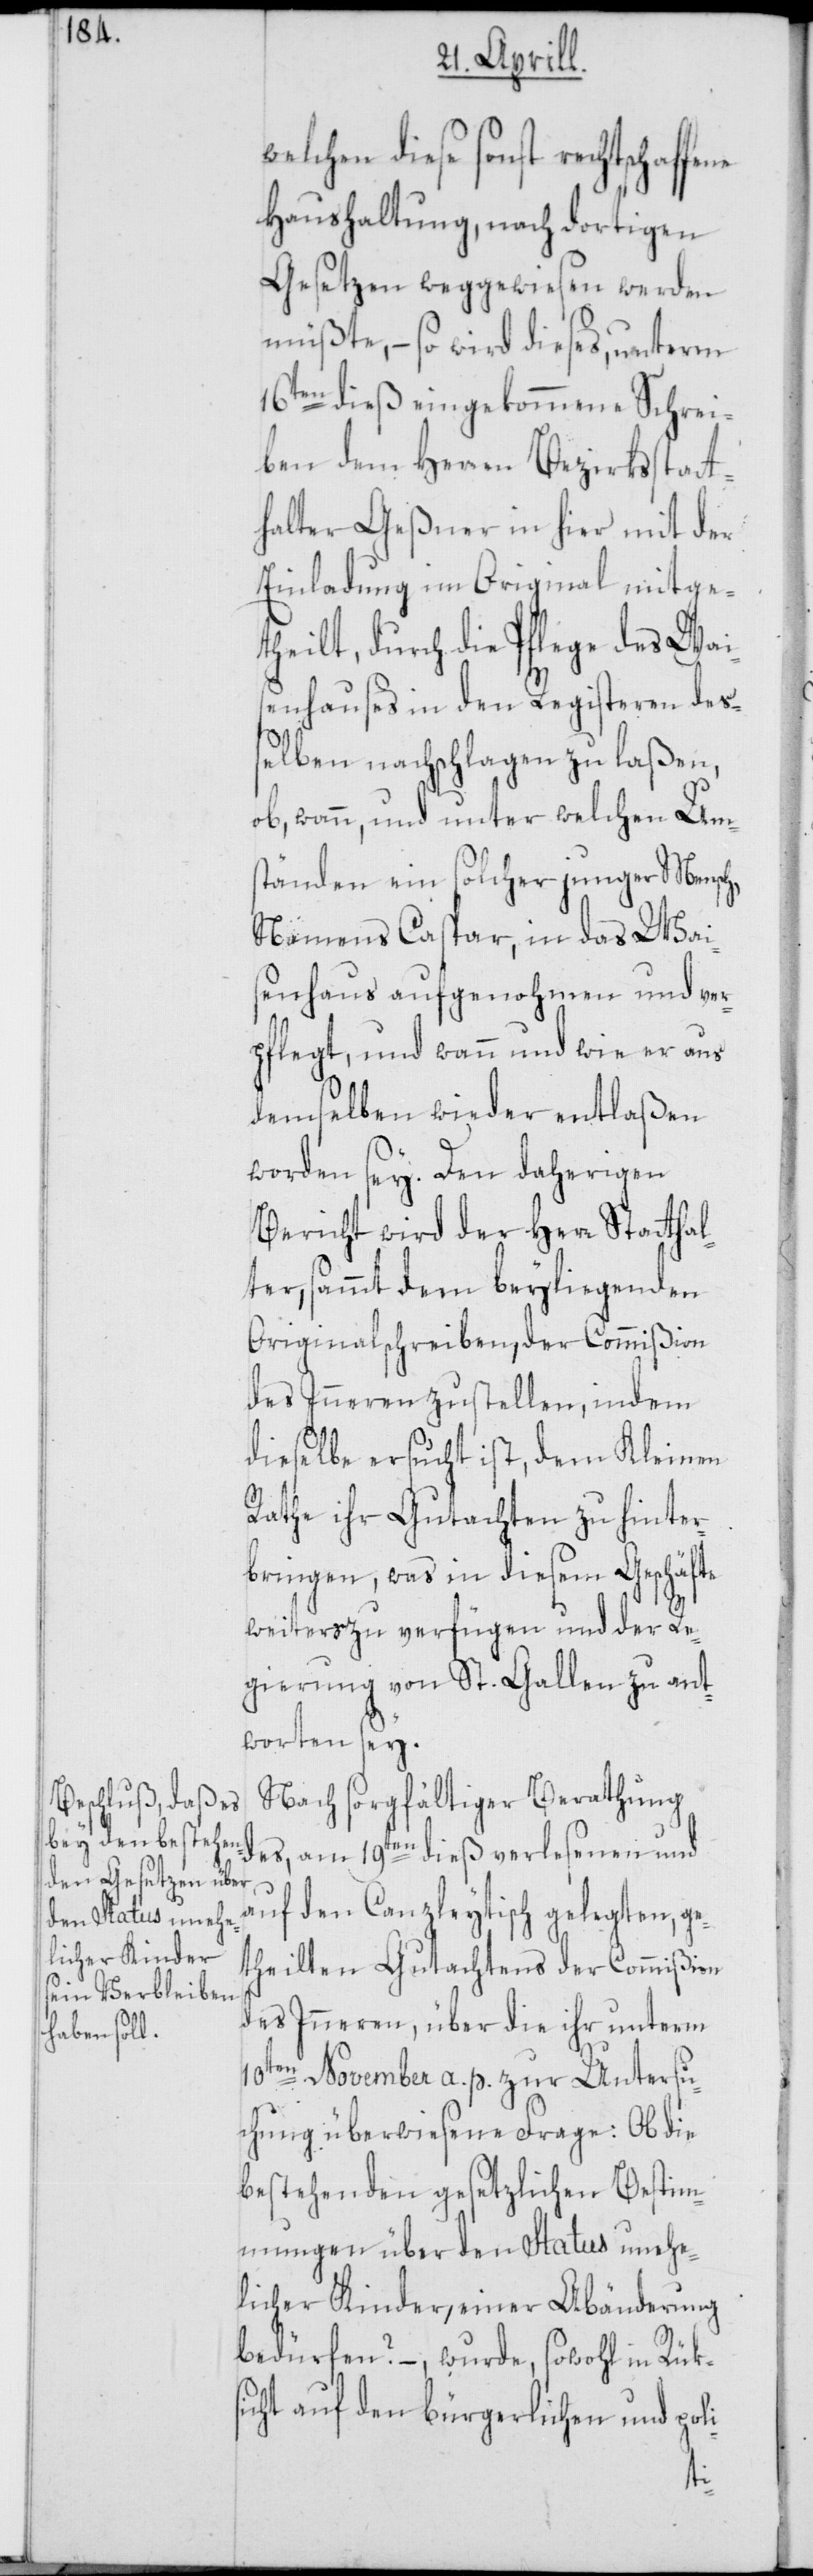
welchen diese sonst rechtschaffe¬
Haushaltung, nach dortigen
Gesetzen weggewiesen werden
müßte, – so wird dieses, unterm
16ten dieß eingekommene Schrei¬
ben dem Herren Bezirksstatt¬
halter Geßner in hier mit der
Einladung im Original mitge¬
theilt, durch die Pflege des Wai¬
senhauses in den Registeren de¬
ßelben nachschlagen zu laßen,
ob, wann, und unter welchen Um¬
ständen ein solcher junger Mensch,
Namens Caspar, in das Wai¬
senhaus aufgenohmen und ver¬
pflegt, und wann und wie er aus
demselben wieder entlaßen
worden sey. Den daherigen
Bericht wird der Herr Statthal¬
ter, sammt dem beyliegenden
Originalschreiben, der Commißion
des Inneren zustellen, indem
dieselbe ersucht ist, dem Kleinen
Rathe ihr Gutachten zu hinter¬
bringen, was in diesem Geschäfte
weiters zu verfügen und der Re¬
gierung von St. Gallen zu ant¬
worten sey.
Nach sorgfältiger Berathung
des, am 19ten dieß verlesenen und
auf den Canzleytisch gelegten, ge¬
theilten Gutachtens der Commißion
des Inneren, über die ihr unterm
10ten November a. p. zur Untersu¬
chung überwiesene Frage: Ob die
bestehenden gesetzlichen Bestim¬
mungen über den Status unehe¬
licher Kinder, einer Abänderung
bedürfen? –, wurde, sowohl in Rük¬
sicht auf den bürgerlichen und pol¬
i-